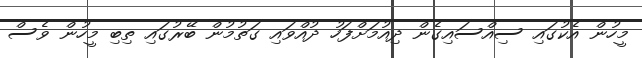
މީހުން އެކުގައި ސިއްސައިގެން ދިއުމަށްފަހު ދުއްވައި ގަތުމުން ބޭރުގައި ތިބި މީހުން ވެސް